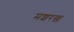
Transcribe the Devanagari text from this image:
मशरख़